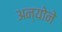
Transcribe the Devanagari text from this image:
अन्योने